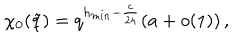
\chi _ { 0 } ( \tilde { q } ) = q ^ { h _ { m i n } - \frac { c } { 2 4 } } ( a + o ( 1 ) ) \, ,